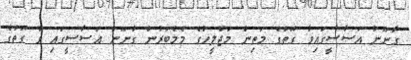
ގާނޫނު އަސާސީގައިވާ ގޮތުގެ މަތިން މަޖްލީހުގެ މެމްބަރުން ގާނޫނު އަސާސީގައި ވާ ގޮތުގެ